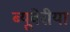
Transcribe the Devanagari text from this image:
ब्‍यूवेरीया